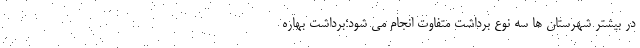
در بیشتر شهرستان ها سه نوع برداشت متفاوت انجام می شود؛برداشت بهاره